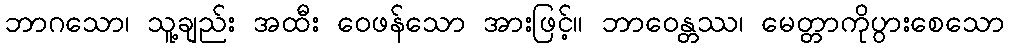
ဘာဂသော၊ သူ့ချည်း အထီး ဝေဖန်သော အားဖြင့်။ ဘာဝေန္တဿ၊ မေတ္တာကိုပွားစေသော